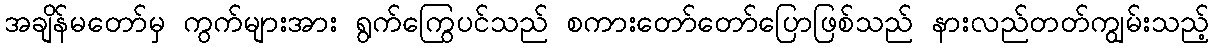
အချိန်မတော်မှ ကွက်များအား ရွက်ကြွေပင်သည် စကားတော်တော်ပြောဖြစ်သည် နားလည်တတ်ကျွမ်းသည့်